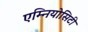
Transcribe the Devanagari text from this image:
एम्नियोसिटी